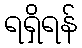
ရရှိရန်